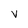
Character: V